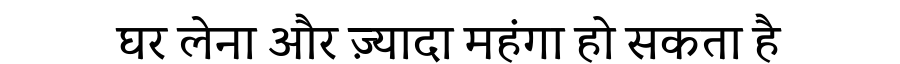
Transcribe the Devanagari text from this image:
घर लेना और ज़्यादा महंगा हो सकता है